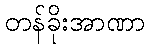
တန်ခိုးအာဏာ